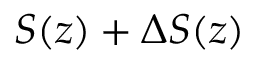
S ( z ) + \Delta S ( z )